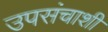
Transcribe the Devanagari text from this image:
उपसंचाशी